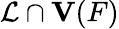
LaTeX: {\mathcal{L}}\cap{\mathbf{V}}(F)